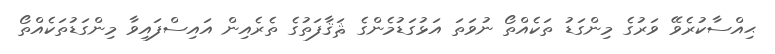
ޙިއްސާކުރެވޭ ވަރުގެ މިންގަޑު ތަކެއްތޯ ނުވަތަ އަޅުގަޑުމެންގެ ޘަޤާފަތުގެ ތެރެއިން އައިސްފައިވާ މިންގަޑުތަކެއްތޯ